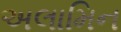
અલામિન